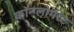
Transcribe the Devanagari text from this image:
कॉन्ग्लोमरेट